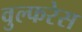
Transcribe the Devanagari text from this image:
वुल्फरेस